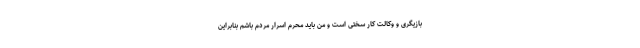
بازیگری و وکالت کار سختی است و من باید محرم اسرار مردم باشم بنابراین